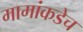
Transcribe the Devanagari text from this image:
मामांकडेच